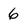
Character: 6